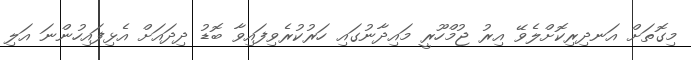
މިގޮތަށް އަނދިރިކޮށްލެވޭ އިރު ޖުމްހޫރީ މައިދާނުގައި ހަރުކުރެވިފައިވާ ބޮޑު ދިދައަށް އެޅިފައިހުންނަ އަލި